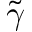
\tilde { \gamma }